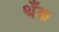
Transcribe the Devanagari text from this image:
थँक